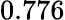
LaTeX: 0.776